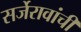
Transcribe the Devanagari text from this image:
सर्जेरावांची